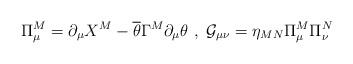
LaTeX: \begin{align*}\Pi^M_{\mu}=\partial_{\mu}X^M-\overline{\theta}\Gamma^M\partial_{\mu}\theta \ , \ \mathcal{G}_{\mu\nu}=\eta_{MN}\Pi^M_{\mu}\Pi^N_{\nu}\end{align*}